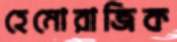
হেমোরাজিক